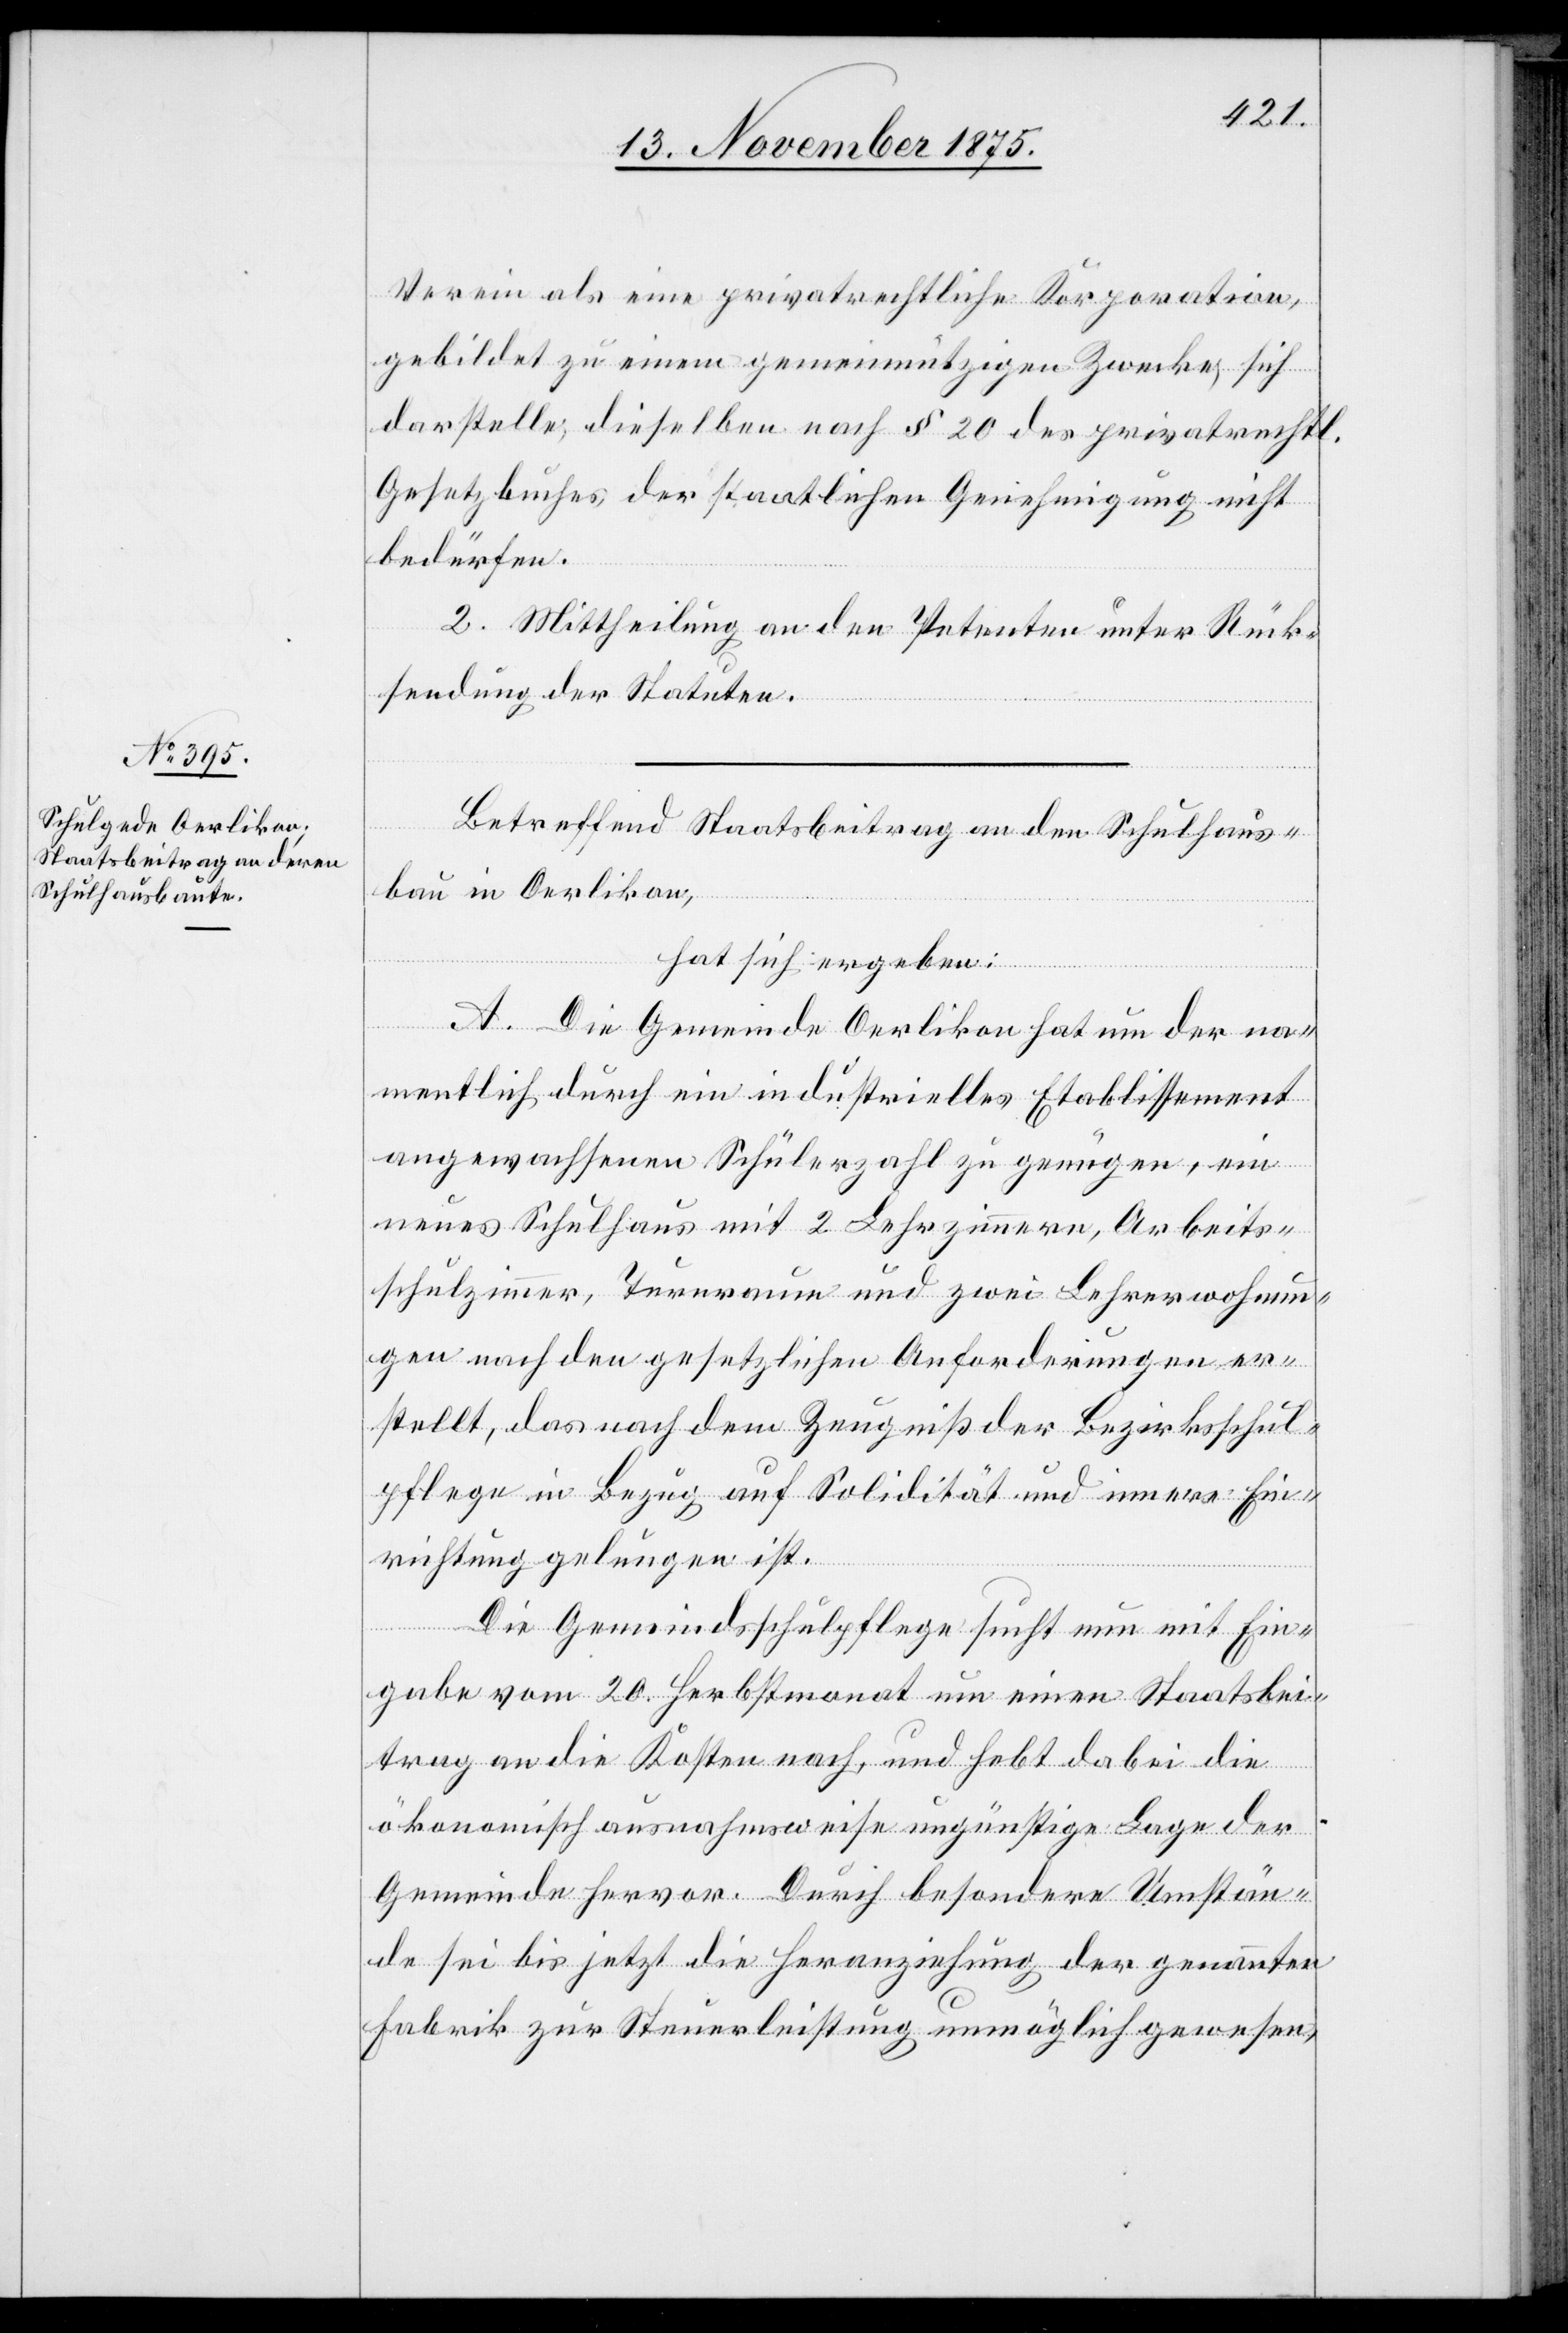
Verein als eine privatrechtliche Korporation,
gebildet zu einem gemeinnützigen Zwecke, sich
darstelle, dieselben nach § 20 des privatrechtl.
Gesetzbuches der staatlichen Genehmigung nicht
bedürfen.
2. Mittheilung an den Petenten unter Rück¬
sendung der Statuten.
Betreffend Staatsbeitrag an den Schulhaus¬
bau in Oerlikon,
hat sich ergeben:
A. Die Gemeinde Oerlikon hat um der na¬
mentlich durch ein industrielles Etablissement
angewachsenen Schülerzahl zu genügen, ein
neues Schulhaus mit 2 Lehrzimmern, Arbeits¬
schulzimmer, Turnraum und zwei Lehrerwohnun¬
gen nach den gesetzlichen Anforderungen er¬
stellt, das nach dem Zeugniß der Bezirksschul¬
pflege in Bezug auf Solidität und innere Ein¬
richtung gelungen ist.
Die Gemeindsschulpflege sucht nun mit Ein¬
gabe vom 20. Herbstmonat um einen Staatsbei¬
trag an die Kosten nach, und hebt dabei die
ökonomisch ausnahmsweise ungünstige Lage der
Gemeinde hervor. Durch besondere Umstän¬
de sei bis jetzt die Heranziehung der genannten
Fabrik zur Steuerleistung unmöglich gewesen,